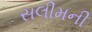
સલીમની